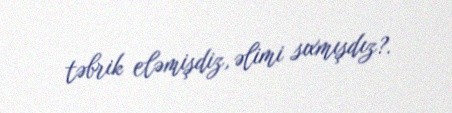
təbrik eləmişdiz, əlimi sıxmışdız?.